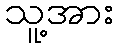
သူ့အား